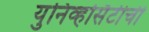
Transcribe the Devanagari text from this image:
युनिव्हर्सिटीची